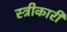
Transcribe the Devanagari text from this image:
स्त्रीकारी